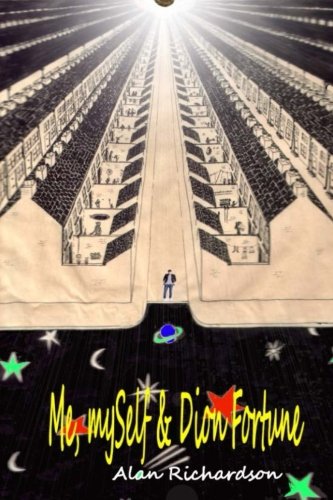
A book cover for Me, mySelf & Dion Fortune; Mr Alan Richardson; Biographies & Memoirs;